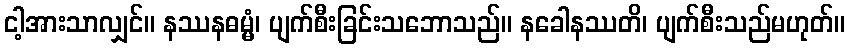
ငါ့အားသာလျှင်။ နဿနဓမ္မံ၊ ပျက်စီးခြင်းသဘောသည်။ နခေါနဿတိ၊ ပျက်စီးသည်မဟုတ်။